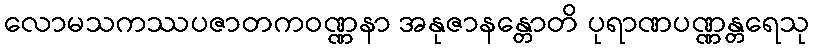
လောမသကဿပဇာတကဝဏ္ဏနာ အနုဇာနန္တောတိ ပုရာဏပဏ္ဏန္တရေသု